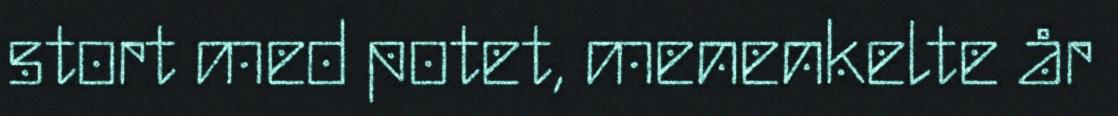
stort med potet, menenkelte år